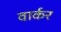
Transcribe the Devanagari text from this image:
वार्कर